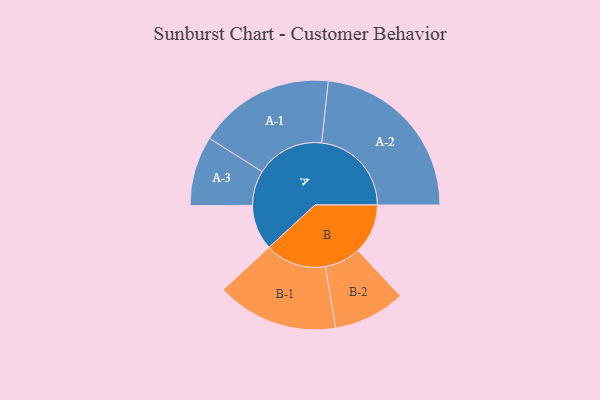
{"axis": {"x": "Segment", "y": "Value"}, "legend": ["", "A", "B"], "data": [{"x": "A", "y": 146, "type": ""}, {"x": "B", "y": 161, "type": ""}, {"x": "A-1", "y": 220, "type": "A"}, {"x": "A-2", "y": 289, "type": "A"}, {"x": "A-3", "y": 112, "type": "A"}, {"x": "B-1", "y": 196, "type": "B"}, {"x": "B-2", "y": 116, "type": "B"}]}